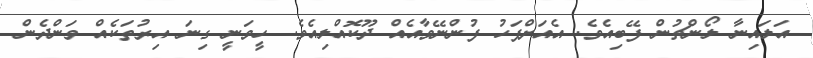
އަލައިނާ ލޯންޗުން ފޭބިއެވެ. އެއަށްފަހު ފުންނޭވާއެއް ދޫކޮއްލިއެވެ. ހީވަނީ ގިނަ އިރުތަކެއް ވަންދެން